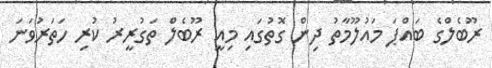
ރޫބެލްގެ ބައްޕަ މައުލޫމާތު ދިން ގޮތުގައި މިއީ ރޫބެލް ތަގުރީރު ކުރި ހަތަރުވަނަ